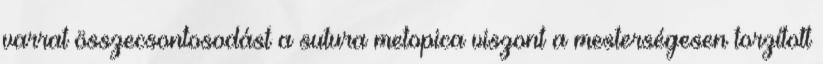
varrat összecsontosodást a sutura metopica viszont a mesterségesen torzított